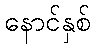
နောင်နှစ်